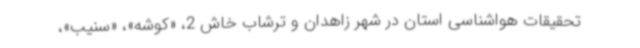
تحقیقات هواشناسی استان در شهر زاهدان و ترشاب خاش 2، «کوشه»، «سنیب»،